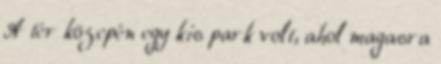
A tér közepén egy kis park volt, ahol magasra